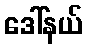
ဒေါ်နယ်